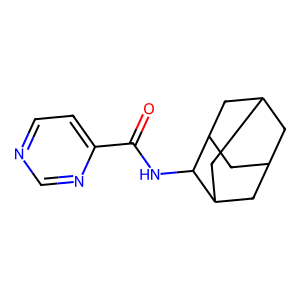
SMILES: O=C(NC1C2CC3CC(C2)CC1C3)c1ccncn1
Inhibits HIV replication: No